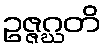
ဥဇ္ဇဂ္ဃတိ